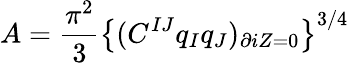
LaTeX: A={\frac{\pi^{2}}{3}}\left\{ (C^{IJ}q_{I}q_{J})_{\partial iZ=0}\right\} ^{3/4}